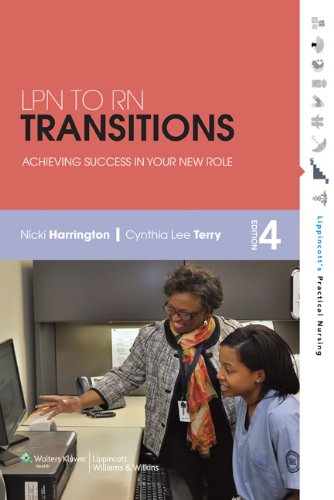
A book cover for LPN to RN Transitions: Achieving Success in Your New Role; Nicki Harrington EdD  MSN  RN; Test Preparation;